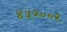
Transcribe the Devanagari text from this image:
४५२००२